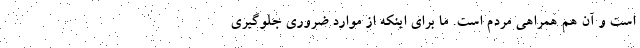
است و آن هم همراهی مردم است. ما برای اینکه از موارد ضروری جلوگیری